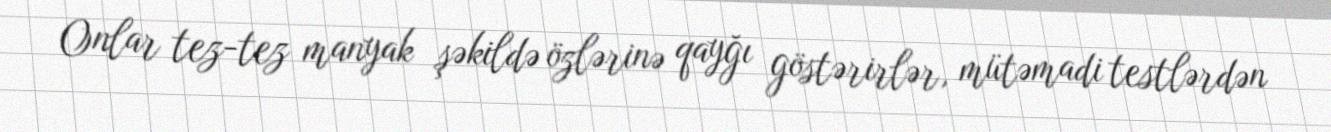
Onlar tez-tez manyak şəkildə özlərinə qayğı göstərirlər, mütəmadi testlərdən